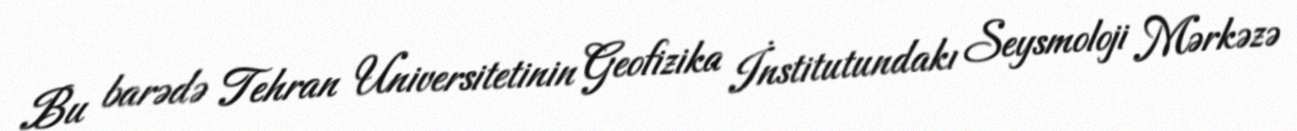
Bu barədə Tehran Universitetinin Geofizika İnstitutundakı Seysmoloji Mərkəzə